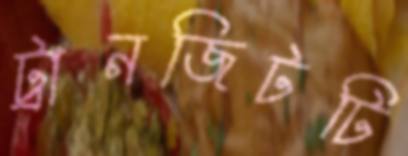
ট্রানজিটটি